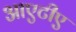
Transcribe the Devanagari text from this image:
आएटीए